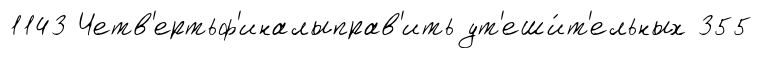
1143 Четв'ертьф'иналыправ'ить ут'еши́т'ельных 355